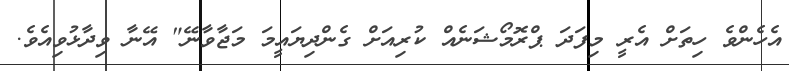
އެހެންވެ ހިތަށް އެރީ މިފަދަ ޕްރޮމޯޝަނެއް ކުރިއަށް ގެންދިޔައީމަ މަޖާވާނޭ" އޭނާ ވިދާޅުވިއެވެ.